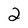
Character: 2